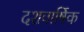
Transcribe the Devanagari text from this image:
दशवार्षिक